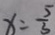
x = \frac { 5 } { 3 }